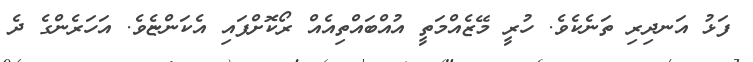
ފަޅު އަނދިރި ތަނެކެވެ. ހުރީ މޭޒެއްމަތީ އުއްބައްތިއެއް ރޯކޮށްފައި އެކަންޏެވެ. އަހަރެންގެ ދެ